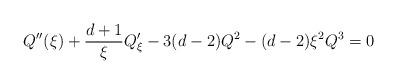
LaTeX: \begin{align*} Q''(\xi) + \frac{d+1}{\xi} Q'_\xi- 3(d-2) Q^2 - (d-2) \xi^2 Q^3 =0 \end{align*}